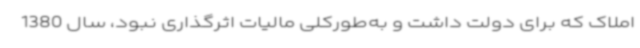
املاک که برای دولت داشت و به‌طورکلی مالیات اثرگذاری نبود، سال 1380